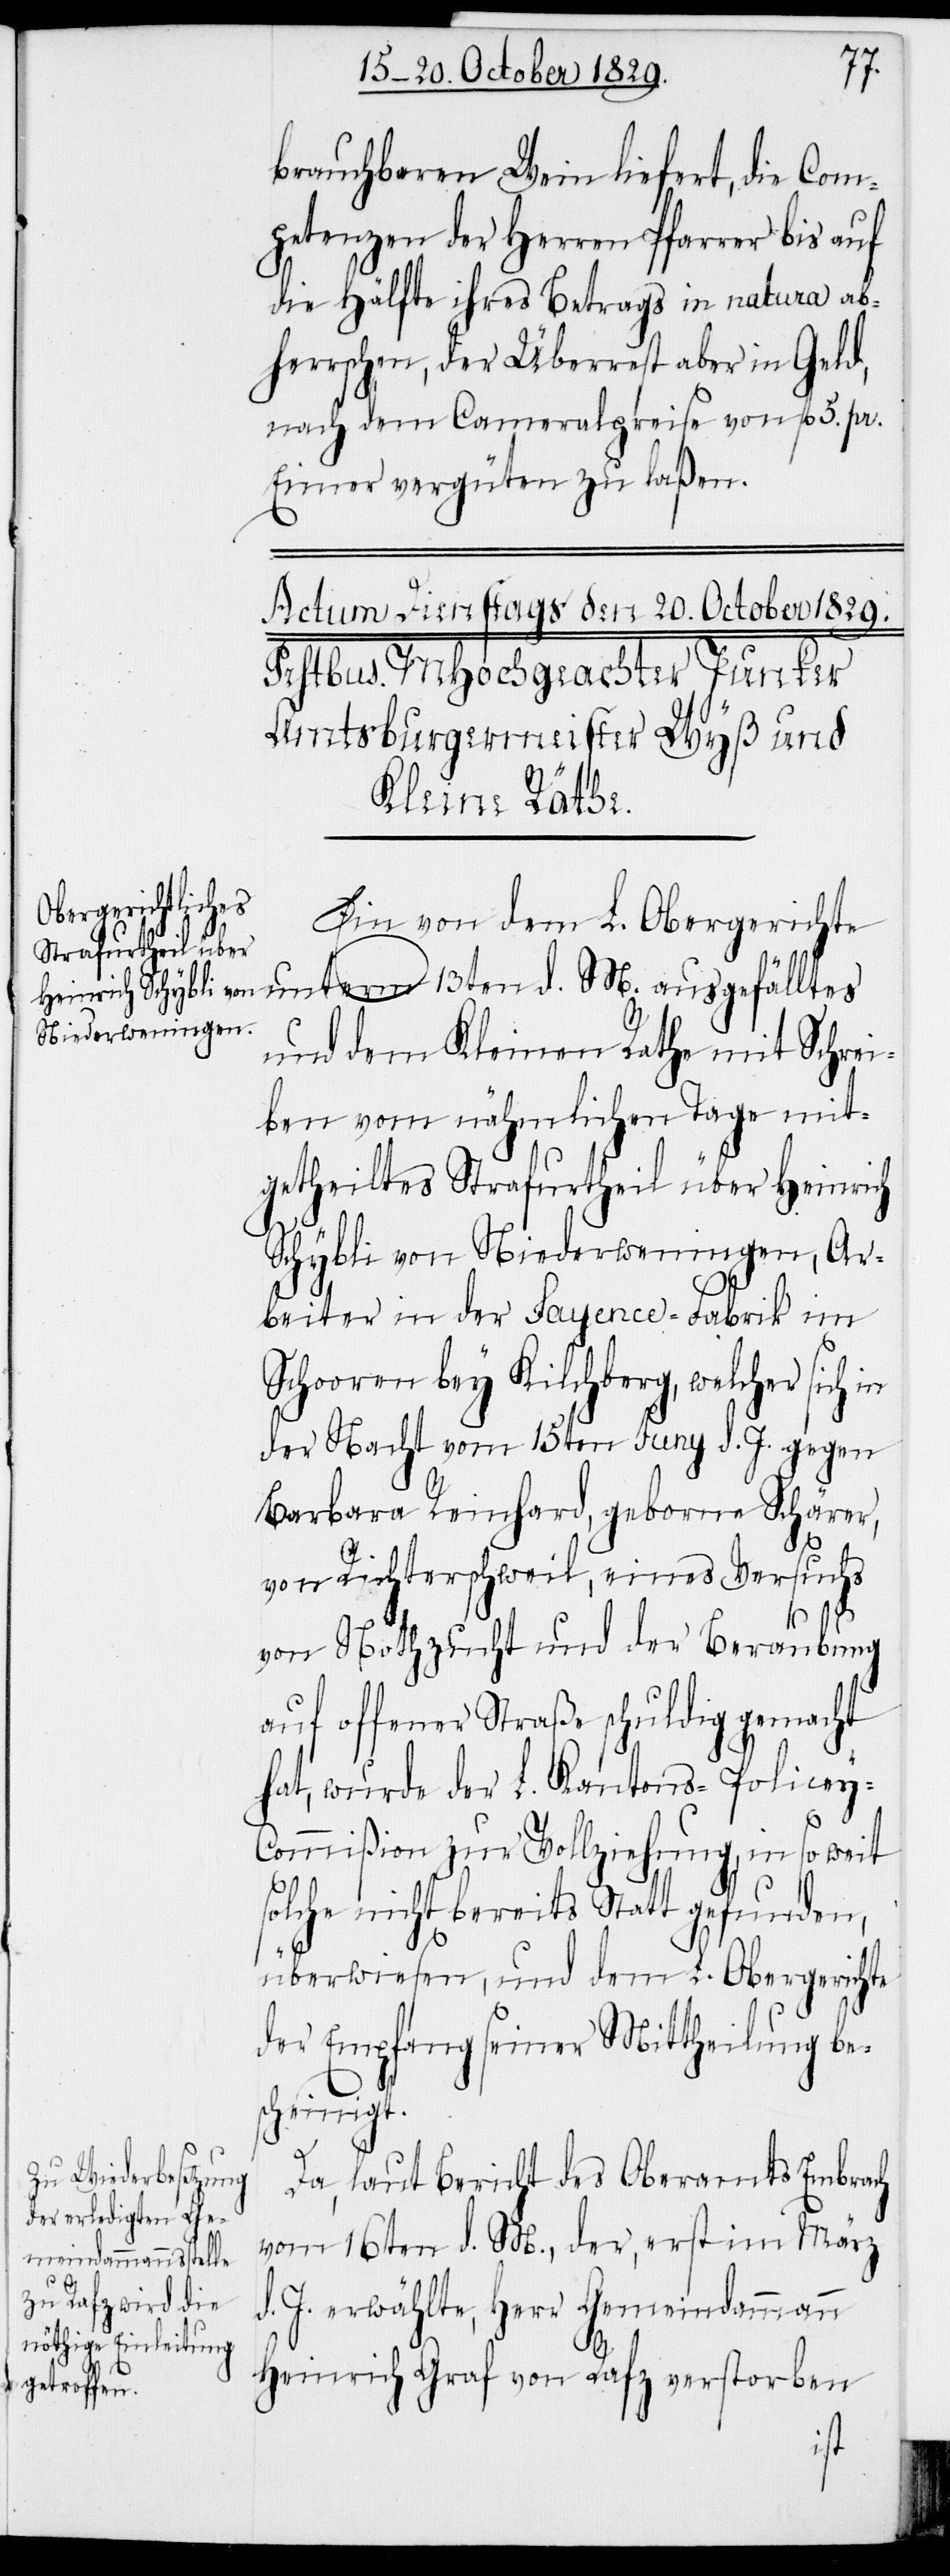
brauchbaren Wein liefert, die Com¬
petenzen der Herren Pfarrer bis auf
die Hälfte ihres Betrags in natura ab¬
herrschen, der Überrest aber in Geld,
nach dem Cameralpreise von fl. 5. pr.
Eimer vergüten zu laßen.
Ein von dem L. Obergerichte
unterm 13ten d. M. ausgefälltes
und dem Kleinen Rathe mit Schrei¬
ben vom nähmlichen Tage mit¬
getheiltes Strafurtheil über Heinrich
Schybli von Niederweningen, Ar¬
beiter in der Fayence-Fabrik im
Schooren bey Kilchberg, welcher sich
der Nacht vom 15ten Juny d. J. gegen
Barbara Reinhard, geborne Schärer,
von Richterschweil, eines Versuchs
der Nothzucht und der Beraubung
auf offener Straße schuldig gemacht
hat, wurde der L. Kantons-Policey-C¬
ommißion zur Vollziehung, in so weit
solche nicht bereits Statt gefunden,
überwiesen, und dem L. Obergerichte
der Empfang seiner Mittheilung be¬
scheinigt.
Da, laut Bericht des Oberamtes Embrach
vom 16ten d. M., der, erst im März
d. J. erwählte, Herr Gemeindammann
Heinrich Graf von Rafz verstorben